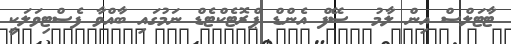
ޓާޓަލްސް އިން ލާމު  ސޭފް އެންޑް ޕްރޮޓެކްޓެޑް ނަމުގައި ބާއްވާ ފެސްޓިވަލަކީ